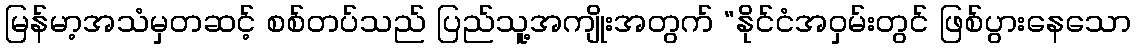
မြန်မာ့အသံမှတဆင့် စစ်တပ်သည် ပြည်သူ့အကျိုးအတွက် “နိုင်ငံအဝှမ်းတွင် ဖြစ်ပွားနေသော